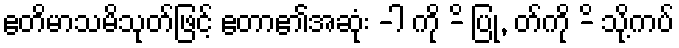
ဧတိမာသမိသုတ်ဖြင့် ဧတာ၏အဆုံး -ါ ကို -ိ ပြု, တ်ကို -ိ သို့ကပ်